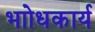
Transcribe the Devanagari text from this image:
भाोधकार्य